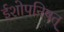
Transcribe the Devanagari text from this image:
ईशोपनिषत्